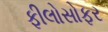
ફીલોસોફર